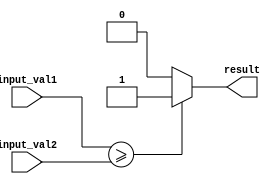
module greater_than_or_equal_to_comparator (
    input [31:0] input_val1,
    input [31:0] input_val2,
    output reg result
);

always @ (input_val1 or input_val2)
begin
    if (input_val1 >= input_val2)
        result = 1;
    else
        result = 0;
end

endmodule